Indian journal of veterinary science and animal husbandry - Volume 13,
Year: 1943
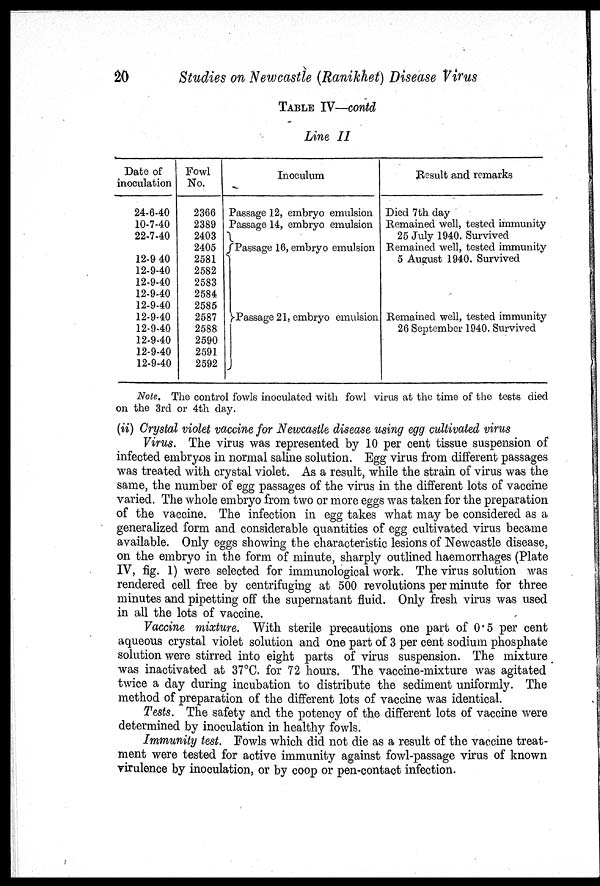
20
Studies on Newcastle (Ranikhet) Disease Virus
TABLE IV—contd
Line II
Date of
inoculation
24-6-40
10-7-40
22-7-40
12-9-40
12-9-40
12-9-40
12-9-40
12-9-40
12-9-40
12-9-40
12-9-40
12-9-40
12-9-40
Fowl
No.
2366
2389
2403
2405
2581
2582
2583
2584
2585
2587
2588
2590
2591
2592
Inoculum
Passage 12, embryo emulsion
Passage 14, embryo emulsion
Passage 16, embryo emulsion
Passage 21, embryo emulsion
Result and remarks
Died 7th day
Remained well, tested immunity
25 July 1940. Survived
Remained well, tested immunity
5 August 1940. Survived
Remained well, tested immunity
26 September 1940. Survived
Note. The control fowls inoculated with fowl virus at the time of the tests died
on the 3rd or 4th day.
(ii) Crystal violet vaccine for Newcastle disease using egg cultivated virus
Virus. The virus was represented by 10 per cent tissue suspension of
infected embryos in normal saline solution. Egg virus from different passages
was treated with crystal violet. As a result, while the strain of virus was the
same, the number of egg passages of the virus in the different lots of vaccine
varied. The whole embryo from two or more eggs was taken for the preparation
of the vaccine. The infection in egg takes what may be considered as a
generalized form and considerable quantities of egg cultivated virus became
available. Only eggs showing the characteristic lesions of Newcastle disease,
on the embryo in the form of minute, sharply outlined haemorrhages (Plate
IV, fig. 1) were selected for immunological work. The virus solution was
rendered cell free by centrifuging at 500 revolutions per minute for three
minutes and pipetting off the supernatant fluid. Only fresh virus was used
in all the lots of vaccine.
Vaccine mixture. With sterile precautions one part of 0.5 per cent
aqueous crystal violet solution and one part of 3 per cent sodium phosphate
solution were stirred into eight parts of virus suspension. The mixture
was inactivated at 37°C. for 72 hours. The vaccine-mixture was agitated
twice a day during incubation to distribute the sediment uniformly. The
method of preparation of the different lots of vaccine was identical.
Tests. The safety and the potency of the different lots of vaccine were
determined by inoculation in healthy fowls.
Immunity test. Fowls which did not die as a result of the vaccine treat-
ment were tested for active immunity against fowl-passage virus of known
virulence by inoculation, or by coop or pen-contact infection.